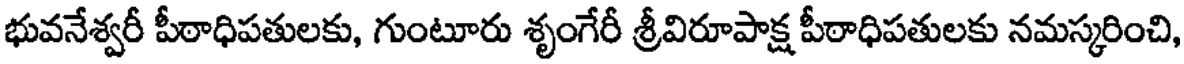
భువనేశ్వరీ పీఠాధిపతులకు, గుంటూరు శృంగేరీ శ్రీవిరూపాక్ష పీఠాధిపతులకు నమస్కరించి,